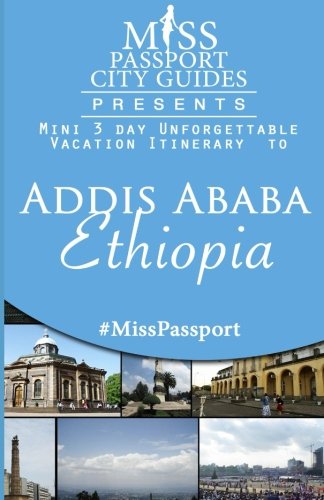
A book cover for Miss Passport City Guides Presents:  Mini 3 day Unforgettable Vacation Itinerary to Addis Ababa Ethiopia (Miss Passport Travel Guides Book); Sharon Bell; Travel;